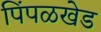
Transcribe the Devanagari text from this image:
पिंपळखेड